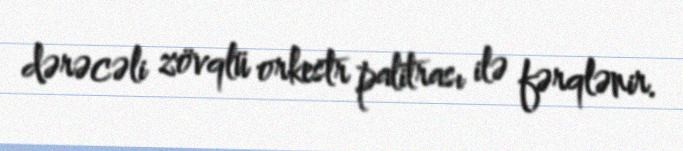
dərəcəli zövqlü orkestr palitrası ilə fərqlənir.